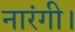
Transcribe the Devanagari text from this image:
नारंगी।